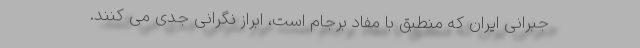
جبرانی ایران که منطبق با مفاد برجام است، ابراز نگرانی جدی می کنند.